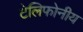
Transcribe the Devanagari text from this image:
टेलिफोनीय